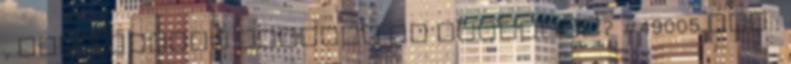
, vagy magyar nyelvet az angolhoz? #49005 Syl :